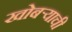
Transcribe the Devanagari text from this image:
खोबर्‍याची